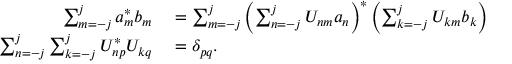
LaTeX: \begin{array} { r l } { \sum _ { m = - j } ^ { j } a _ { m } ^ { * } b _ { m } } & { { } = \sum _ { m = - j } ^ { j } \left( \sum _ { n = - j } ^ { j } U _ { n m } a _ { n } \right) ^ { * } \left( \sum _ { k = - j } ^ { j } U _ { k m } b _ { k } \right) } \\ { \sum _ { n = - j } ^ { j } \sum _ { k = - j } ^ { j } U _ { n p } ^ { * } U _ { k q } } & { { } = \delta _ { p q } . } \end{array}